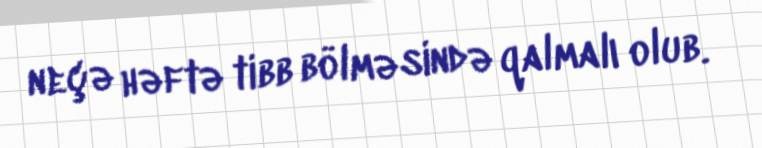
neçə həftə tibb bölməsində qalmalı olub.